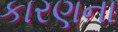
કારણના